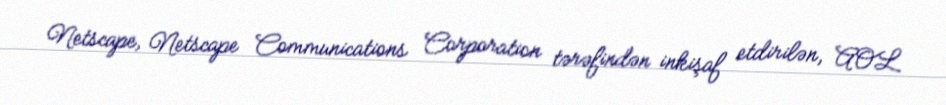
Netscape, Netscape Communications Corporation tərəfindən inkişaf etdirilən, AOL